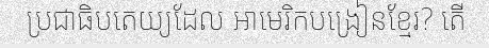
ប្រជាធិបតេយ្យដែល អាមេរិកបង្រៀនខ្មែរ? តើ